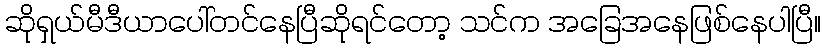
ဆိုရှယ်မီဒီယာပေါ်တင်နေပြီဆိုရင်တော့ သင်က အခြေအနေဖြစ်နေပါပြီ။